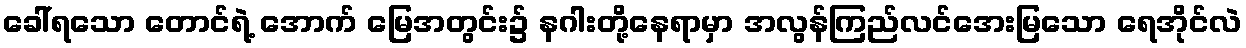
ခေါ်ရသော တောင်ရဲ့ အောက် မြေအတွင်း၌ နဂါးတို့နေရာမှာ အလွန်ကြည်လင်အေးမြသော ရေအိုင်လဲ